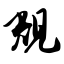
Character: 规